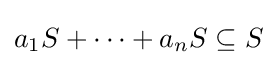
a_{1}S+\cdots +a_{n}S\subseteq S